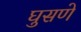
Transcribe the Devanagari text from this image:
घुसणे